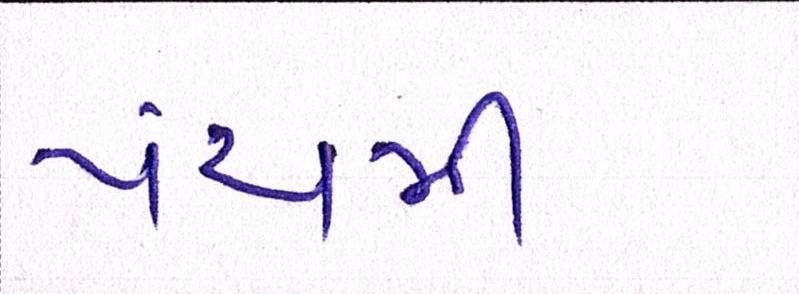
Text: પંચમી